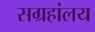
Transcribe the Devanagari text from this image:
सग्रहांलय